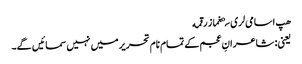
هپ اسامی‌لری سېغماز رقمه
یعنی: شاعرانِ عجم کے تمام نام تحریر میں نہیں سمائیں گے۔